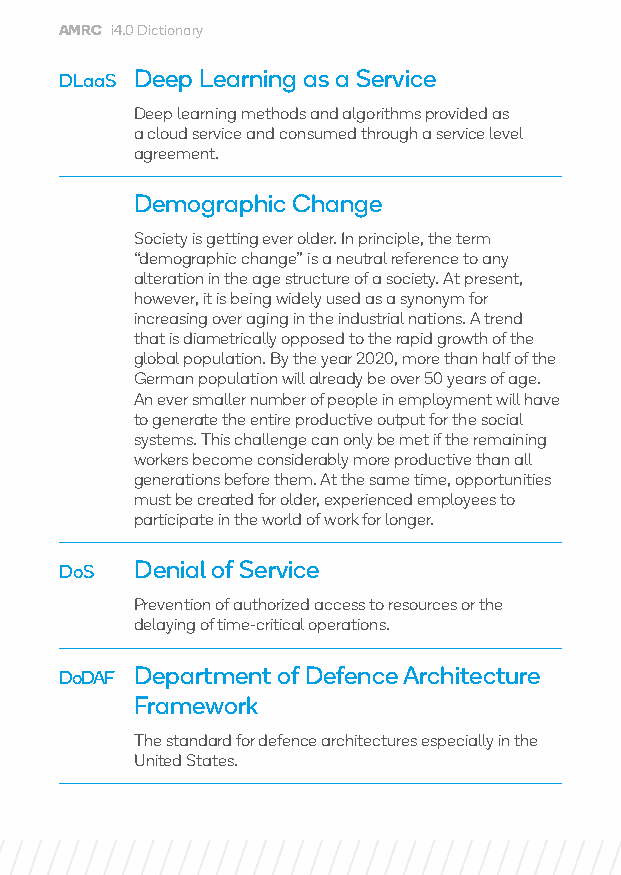
AMRC i4.0 Dictionary
 DLaaS Deep Learning as a Service
 Deep learning methods and algorithms provided as
 a cloud service and consumed through a service level
 agreement.
 Demographic Change
 Society is getting ever older. In principle, the term
 “demographic change” is a neutral reference to any
 alteration in the age structure of a society. At present,
 however, it is being widely used as a synonym for
 increasing over aging in the industrial nations. A trend
 that is diametrically opposed to the rapid growth of the
 global population. By the year 2020, more than half of the
 German population will already be over 50 years of age.
 An ever smaller number of people in employment will have
 to generate the entire productive output for the social
 systems. This challenge can only be met if the remaining
 workers become considerably more productive than all
 generations before them. At the same time, opportunities
 must be created for older, experienced employees to
 participate in the world of work for longer.
 DoS  Denial of Service
 Prevention of authorized access to resources or the
 delaying of time-critical operations.
 DoDAF D epartment of Defence Architecture
 Framework
 The standard for defence architectures especially in the
 United States.